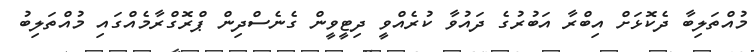
މުއްތަލިބާ ދެކޮޅަށް އިބްރާ އަބުރުގެ ދައުވާ ކުރެއްވީ ދިޓީވީން ގެނެސްދިން ޕްރޮގްރާމެއްގައި މުއްތަލިބު